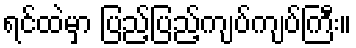
ရင်ထဲမှာ ပြည့်ပြည့်ကျပ်ကျပ်ကြီး။